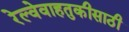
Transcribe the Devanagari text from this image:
रेल्वेवाहतुकीसाठी